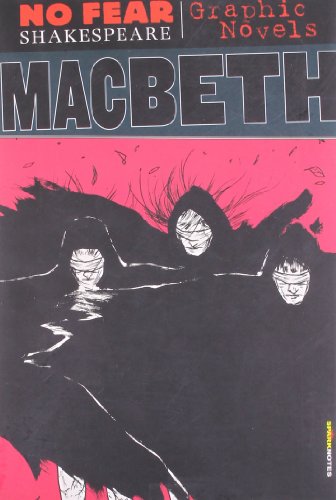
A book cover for Macbeth (No Fear Shakespeare Graphic Novels); SparkNotes; Comics & Graphic Novels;